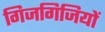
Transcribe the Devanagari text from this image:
गिजगिजियों